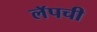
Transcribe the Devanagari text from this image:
लॅपची